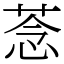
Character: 菍